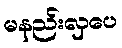
မနည်းလှပေ